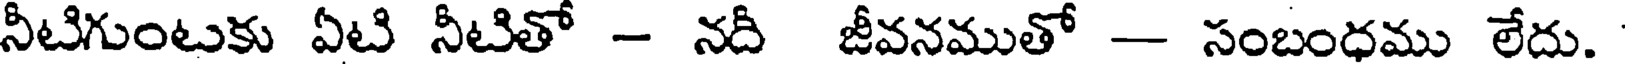
నీటిగుంటకు ఏటి నీటితో - నదీ జీవనముతో - సంబంధము లేదు.